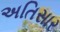
અતિસાર